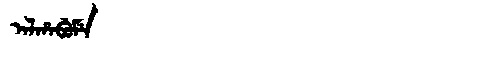
Manchu: ᠠᠯᡥᠠᠪᡠᠮᡝ
Romanization: ALHABUME